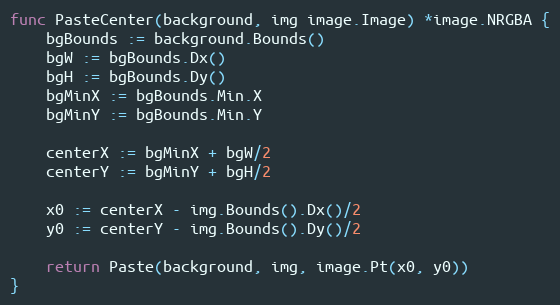
Language: Go
func PasteCenter(background, img image.Image) *image.NRGBA {
	bgBounds := background.Bounds()
	bgW := bgBounds.Dx()
	bgH := bgBounds.Dy()
	bgMinX := bgBounds.Min.X
	bgMinY := bgBounds.Min.Y

	centerX := bgMinX + bgW/2
	centerY := bgMinY + bgH/2

	x0 := centerX - img.Bounds().Dx()/2
	y0 := centerY - img.Bounds().Dy()/2

	return Paste(background, img, image.Pt(x0, y0))
}